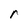
Character: r